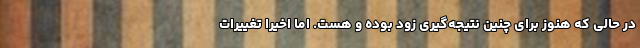
در حالی که هنوز برای چنین نتیجه‌گیری زود بوده و هست. اما اخیرا تغییرات